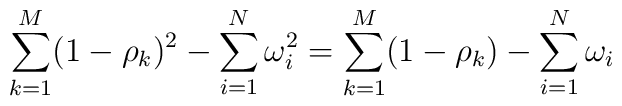
\sum_{k=1}^M(1-\rho_k)^2-\sum_{i=1}^N\omega_i^2   =\sum_{k=1}^M(1-\rho_k)-\sum_{i=1}^N\omega_i\,